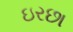
ઇરછા